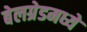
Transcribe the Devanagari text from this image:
बेलग्रेडमध्ये